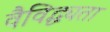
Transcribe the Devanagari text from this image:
वैविद्ध्यता